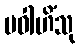
ပဝါဟိံသု